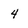
Character: 4